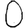
Digit: 0